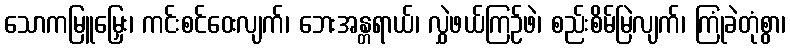
သောကမြူမြှေး၊ ကင်းစင်ဝေးလျက်၊ ဘေးအန္တရာယ်၊ လွှဲဖယ်ကြဉ်ဖဲ၊ စည်းစိမ်မြဲလျက်၊ ကြုံခဲတုံစွာ၊